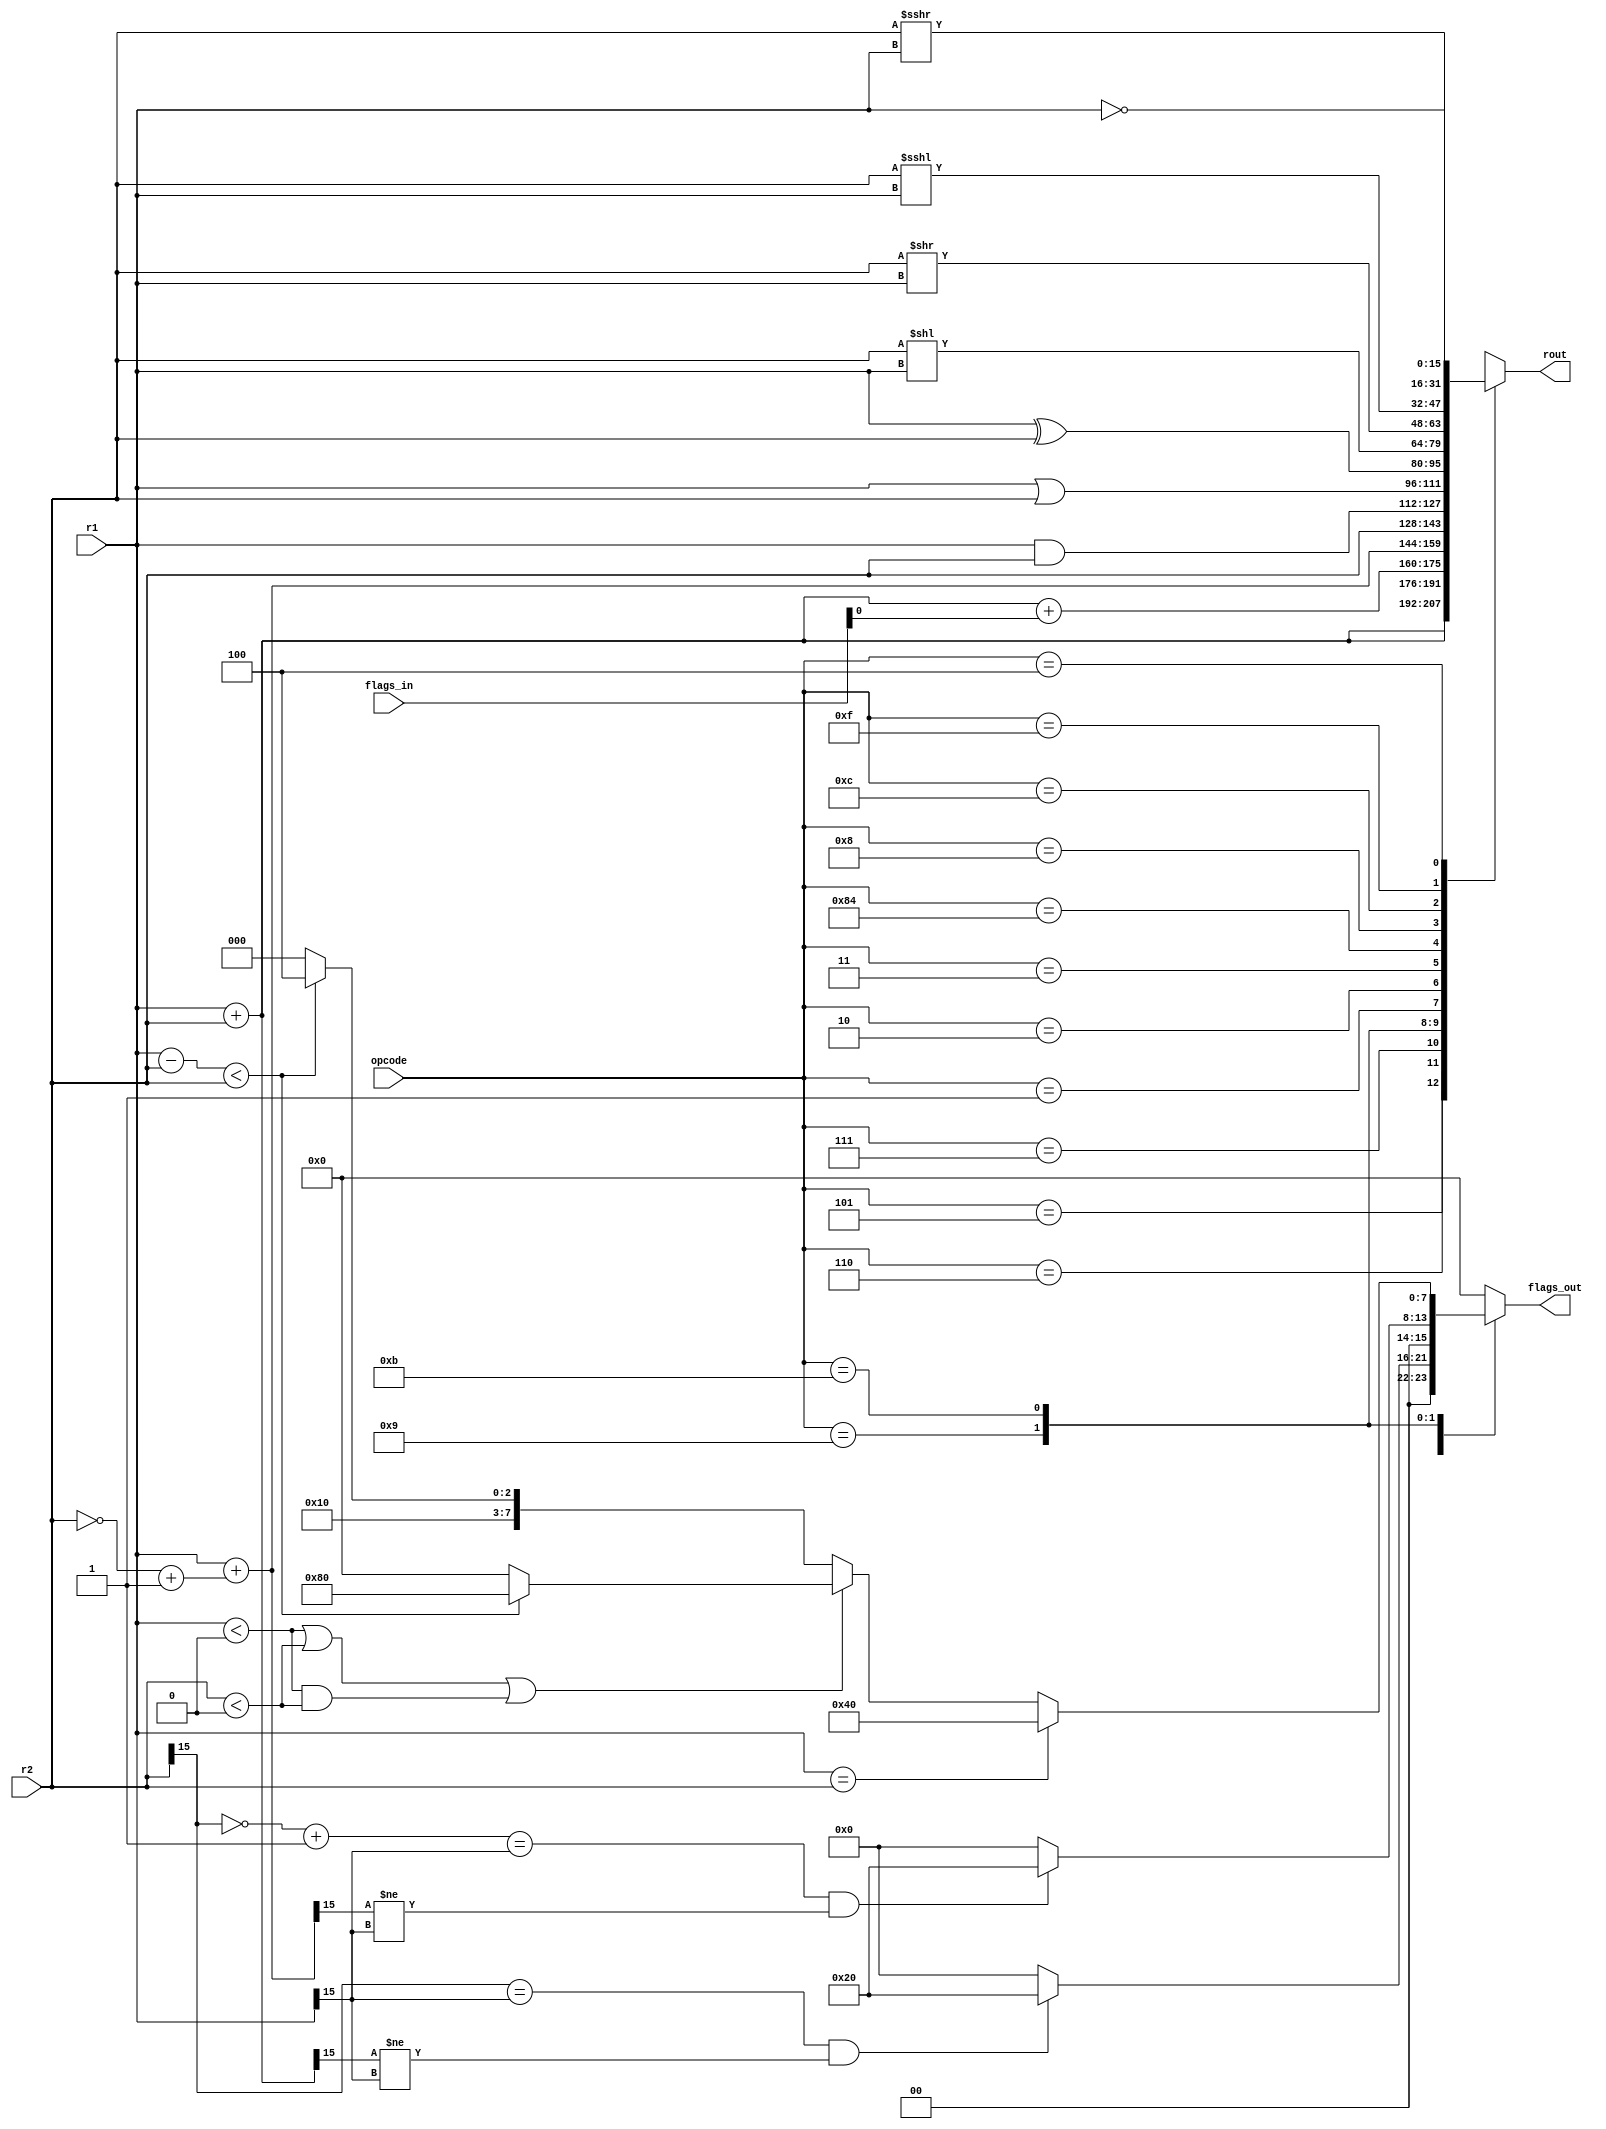
module ALU(r1, r2, rout, opcode, flags_in, flags_out); //make sure all flags are defined in all cases


input [15:0] r1; 
input [15:0] r2;
//TODO: modify code when flags are used (addc) 
input [7:0] flags_in;

output reg [15:0] rout;
reg [15:0] cmp_reg;
input [7:0] opcode;
//reg [7:0] flags = 8'b00000000; //C == 0, L == 2, F == 5(OF), Z == 6, N == 7

output reg [7:0] flags_out;

always @(r1, r2, opcode) // maybe remove r1 and r2
    begin 
        case(opcode)
            // add
            8'b00000101 : begin
                flags_out = 8'b00000000; 
                {flags_out[0], rout} = r1 + r2;
                
                    if(r2[15] == r1[15] && rout[15] != r1[15]) begin
                        flags_out = 8'b00100000;    
                    end    
                    
                    else begin
                        flags_out = 8'b00000000;
                    end        
             end
             
            //addu
         8'b00000110 : begin 
                    rout = r1 + r2; 
                    flags_out =  8'b00000000;
            end
            //addc
         8'b00000111 : begin
                rout = r1 + r2 + flags_in[0];
                flags_out =  8'b00000000;
        end    
            //sub
         8'b00001001 : begin
                flags_out = 8'b00000000;
                {flags_out[0],rout} = r1 + (~r2 + 1); 
                
                    if((~r2[15] + 1) == r1[15] && rout[15] != r1[15]) begin
                        flags_out = 8'b00100000;    
                    end    
                    
                    else begin
                        flags_out = 8'b00000000;  
                    end
            end
            
            //cmp
         8'b00001011 : begin 
                flags_out = 8'b00000000;
                cmp_reg = r1 - r2;
					 rout = r2;
                
                    if(r1 == r2) begin 
                        flags_out = 8'b01000000;
                    end
                    
                    else begin
                        flags_out = 8'b00000000;
                            if(($signed(r1) < 0 || $signed(r2) < 0) || ($signed(r1) < 0 && $signed(r2) < 0)) begin            
                                if($signed(cmp_reg) < $signed(r2)) begin
                                    flags_out = 8'b10000000;
                                end
                                
                                else begin
                                    flags_out = 8'b00000000;
                                end
                            end
                            
                            else begin
                                if($signed(cmp_reg) < $signed(r2)) begin
                                    flags_out = 8'b10000100;
                                end
            
                                else begin
                                    flags_out = 8'b10000000;
                                end
                            end
                    end
            end
            
            
            //AND
         8'b00000001 : begin
            rout = r1 & r2; 
            flags_out =  8'b00000000;
            end
            //Or
         8'b00000010 : begin
            rout = r1 | r2;
            flags_out =  8'b00000000;
            end
            //xor
         8'b00000011 : begin 
            rout = r1 ^ r2;
            flags_out =  8'b00000000;
            end
            //lsh
         8'b10000100 : begin
            rout = r2 << r1;
            flags_out =  8'b00000000;
            end
            //rsh
            8'b00001000 : begin
            rout = r2 >> r1;
            flags_out =  8'b00000000;
            end
            //alsh
         8'b00001100 :begin
            rout = r2 <<< r1;
            flags_out =  8'b00000000;
            end
            //arsh
            8'b00001111 : begin
            rout = r2 >>> r1;
            flags_out =  8'b00000000;
            end
            //not
            8'b00000100 : begin
            rout = ~r1; 
            flags_out =  8'b00000000;
            end
            default: begin rout = 16'bx;
            flags_out =  8'b00000000;
            end
        endcase
    end
endmodule